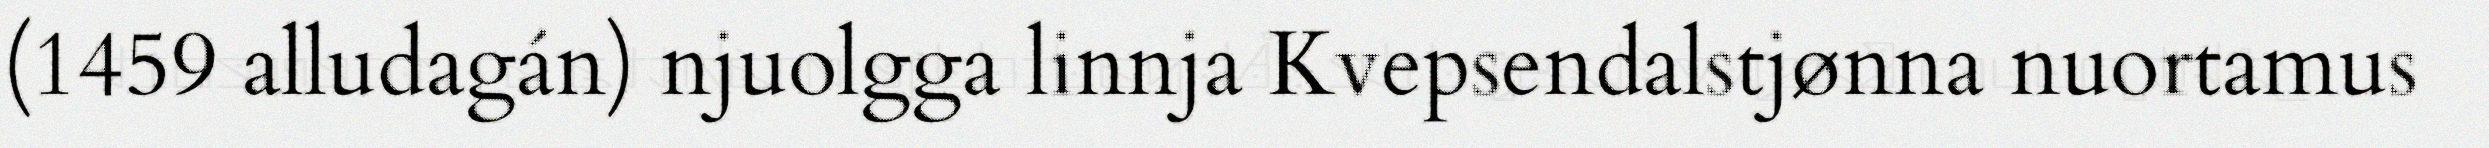
(1459 alludagán) njuolgga linnja Kvepsendalstjønna nuortamus